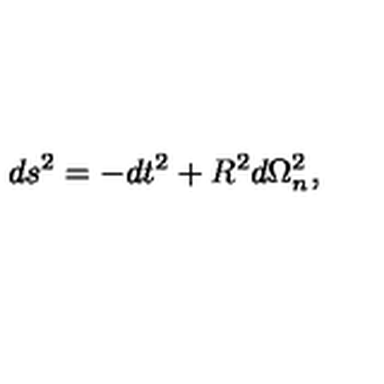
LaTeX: d s ^ { 2 } = - d t ^ { 2 } + R ^ { 2 } d \Omega _ { n } ^ { 2 } ,